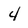
Character: 4